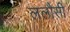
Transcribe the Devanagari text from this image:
ललौसी